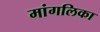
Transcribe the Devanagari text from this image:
मांगलिका